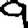
Digit: 9